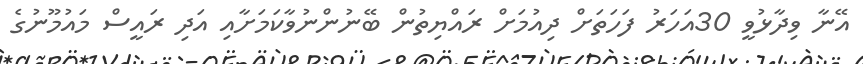
އޭނާ ވިދާޅުވީ 30އަހަރު ފަހަތަށް ދިއުމަށް ރައްޔިތުން ބޭނުންނުވާކަމަށާއި އަދި ރައީސް މައުމޫނުގެ